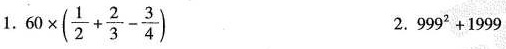
1. $$60 \times (\frac{1}{2}+\frac{2}{3}-\frac{3}{4})$$ 2. $$999^{2}+1999$$